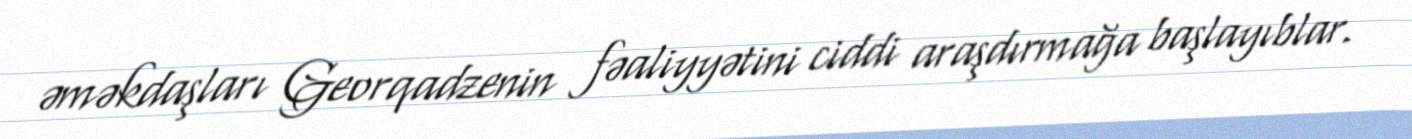
əməkdaşları Georqadzenin fəaliyyətini ciddi araşdırmağa başlayıblar.